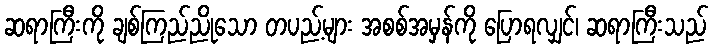
ဆရာကြီးကို ချစ်ကြည်ညိုသော တပည့်များ အစစ်အမှန်ကို ပြောရလျှင်၊ ဆရာကြီးသည်